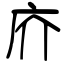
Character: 庎